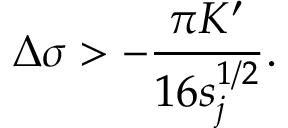
\Delta \sigma > - \frac { \pi K ^ { \prime } } { 1 6 s _ { j } ^ { 1 / 2 } } .